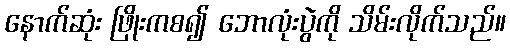
နောက်ဆုံး ဖြိုးကစ၍ ဘောလုံးပွဲကို သိမ်းလိုက်သည်။